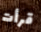
قرأت